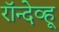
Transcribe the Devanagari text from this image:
रॉन्देव्हू